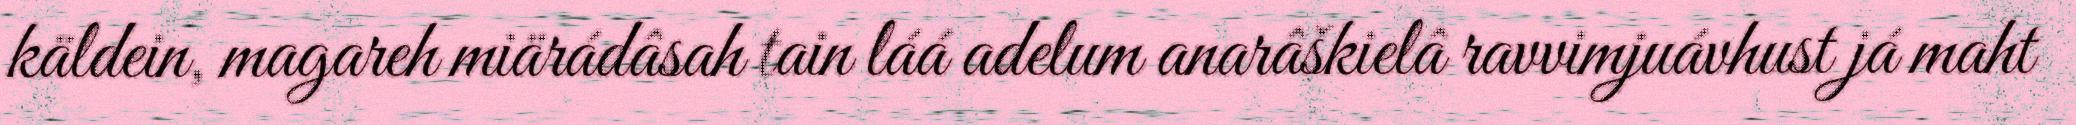
käldein, magareh miärádâsah tain láá adelum anarâškielâ ravvimjuávhust já maht